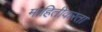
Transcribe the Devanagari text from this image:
माहितीकरता